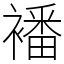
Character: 襎